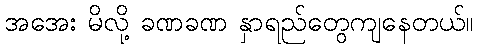
အအေး မိလို့ ခဏခဏ နှာရည်တွေကျနေတယ်။